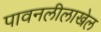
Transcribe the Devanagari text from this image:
पावनलीलाखेल